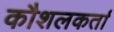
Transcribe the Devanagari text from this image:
कौशलकर्ता